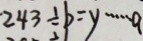
2 4 3 \div b = y \cdots a